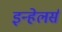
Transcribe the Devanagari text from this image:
इन्हेलर्स